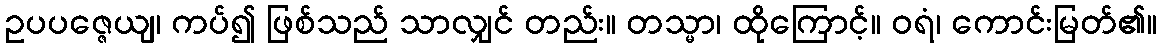
ဥပပဇ္ဇေယျ၊ ကပ်၍ ဖြစ်သည် သာလျှင် တည်း။ တသ္မာ၊ ထိုကြောင့်။ ဝရံ၊ ကောင်းမြတ်၏။